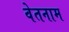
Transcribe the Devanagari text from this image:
वेतनाम